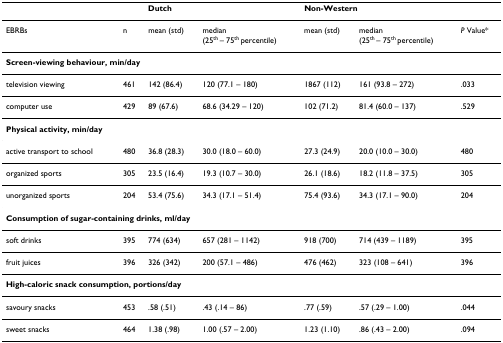
<table><thead><tr><td></td><td></td><td colspan="2"><b>Dutch</b></td><td colspan="3"><b>Non-Western</b></td></tr></thead><tbody><tr><td>EBRBs</td><td>n</td><td>mean (std)</td><td>median(25<sup>th </sup>– 75<sup>th </sup>percentile)</td><td>mean (std)</td><td>median(25<sup>th </sup>– 75<sup>th </sup>percentile)</td><td><i>P </i>Value*</td></tr><tr><td colspan="7"><b>Screen-viewing behaviour, min/day</b></td></tr><tr><td>television viewing</td><td>461</td><td>142 (86.4)</td><td>120 (77.1 – 180)</td><td>1867 (112)</td><td>161 (93.8 – 272)</td><td>.033</td></tr><tr><td>computer use</td><td>429</td><td>89 (67.6)</td><td>68.6 (34.29 – 120)</td><td>102 (71.2)</td><td>81.4 (60.0 – 137)</td><td>.529</td></tr><tr><td colspan="7"><b>Physical activity, min/day</b></td></tr><tr><td>active transport to school</td><td>480</td><td>36.8 (28.3)</td><td>30.0 (18.0 – 60.0)</td><td>27.3 (24.9)</td><td>20.0 (10.0 – 30.0)</td><td>480</td></tr><tr><td>organized sports</td><td>305</td><td>23.5 (16.4)</td><td>19.3 (10.7 – 30.0)</td><td>26.1 (18.6)</td><td>18.2 (11.8 – 37.5)</td><td>305</td></tr><tr><td>unorganized sports</td><td>204</td><td>53.4 (75.6)</td><td>34.3 (17.1 – 51.4)</td><td>75.4 (93.6)</td><td>34.3 (17.1 – 90.0)</td><td>204</td></tr><tr><td colspan="7"><b>Consumption of sugar-containing drinks, ml/day</b></td></tr><tr><td>soft drinks</td><td>395</td><td>774 (634)</td><td>657 (281 – 1142)</td><td>918 (700)</td><td>714 (439 – 1189)</td><td>395</td></tr><tr><td>fruit juices</td><td>396</td><td>326 (342)</td><td>200 (57.1 – 486)</td><td>476 (462)</td><td>323 (108 – 641)</td><td>396</td></tr><tr><td colspan="7"><b>High-caloric snack consumption, portions/day</b></td></tr><tr><td>savoury snacks</td><td>453</td><td>.58 (.51)</td><td>.43 (.14 – 86)</td><td>.77 (.59)</td><td>.57 (.29 – 1.00)</td><td>.044</td></tr><tr><td>sweet snacks</td><td>464</td><td>1.38 (.98)</td><td>1.00 (.57 – 2.00)</td><td>1.23 (1.10)</td><td>.86 (.43 – 2.00)</td><td>.094</td></tr></tbody></table>